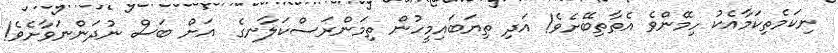
ނިކަމެތިކަމާއެކު ހިމޭންވެ އެތާތިބޭށެވެ! އަދި ތިޔަބައިމީހުން ތިމަންރަސްކަލާނގެ  އަށް ބަސް ނުދަންނަވާށެވެ!